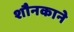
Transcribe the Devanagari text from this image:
शौनकाने